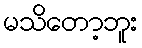
မသိတော့ဘူး